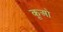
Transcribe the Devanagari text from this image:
कूओ